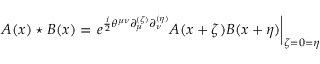
A ( x ) \star B ( x ) = \left. e ^ { \frac { i } { 2 } \theta ^ { \mu \nu } \partial _ { \mu } ^ { ( \zeta ) } \partial _ { \nu } ^ { ( \eta ) } } A ( x + \zeta ) B ( x + \eta ) \right| _ { \zeta = 0 = \eta }